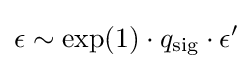
\epsilon \sim \exp(1)\cdot q_{\text{sig}}\cdot \epsilon '